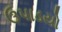
ઉપાડયો